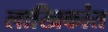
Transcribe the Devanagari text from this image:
लाखिकांत